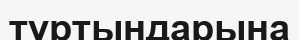
тұртындарына